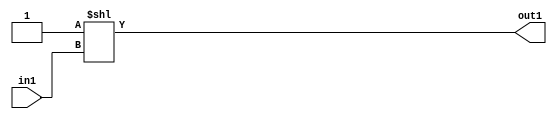
`timescale 1ps / 1ps
/*****************************************************************************
    Verilog RTL Description
    
    
    Created by: Stratus DpOpt 2019.1.01 
*******************************************************************************/

module DC_Filter_DECODE_512U_8_4 (
	in1,
	out1
	); /* architecture "behavioural" */ 
input [8:0] in1;
output [511:0] out1;
wire [511:0] asc001;

assign asc001 = 512'B00000000000000000000000000000000000000000000000000000000000000000000000000000000000000000000000000000000000000000000000000000000000000000000000000000000000000000000000000000000000000000000000000000000000000000000000000000000000000000000000000000000000000000000000000000000000000000000000000000000000000000000000000000000000000000000000000000000000000000000000000000000000000000000000000000000000000000000000000000000000000000000000000000000000000000000000000000000000000000000000000000000000000000000000000000001
    << in1;

assign out1 = asc001;
endmodule

/* CADENCE  vLnxSg4= : u9/ySgnWtBlWxVPRXgAZ4Og= ** DO NOT EDIT THIS LINE ******/